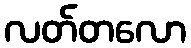
လတ်တလော